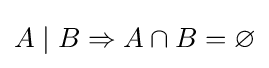
A\mid B\Rightarrow A\cap B=\varnothing